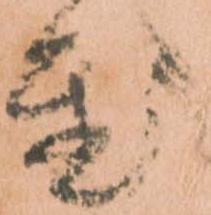
置